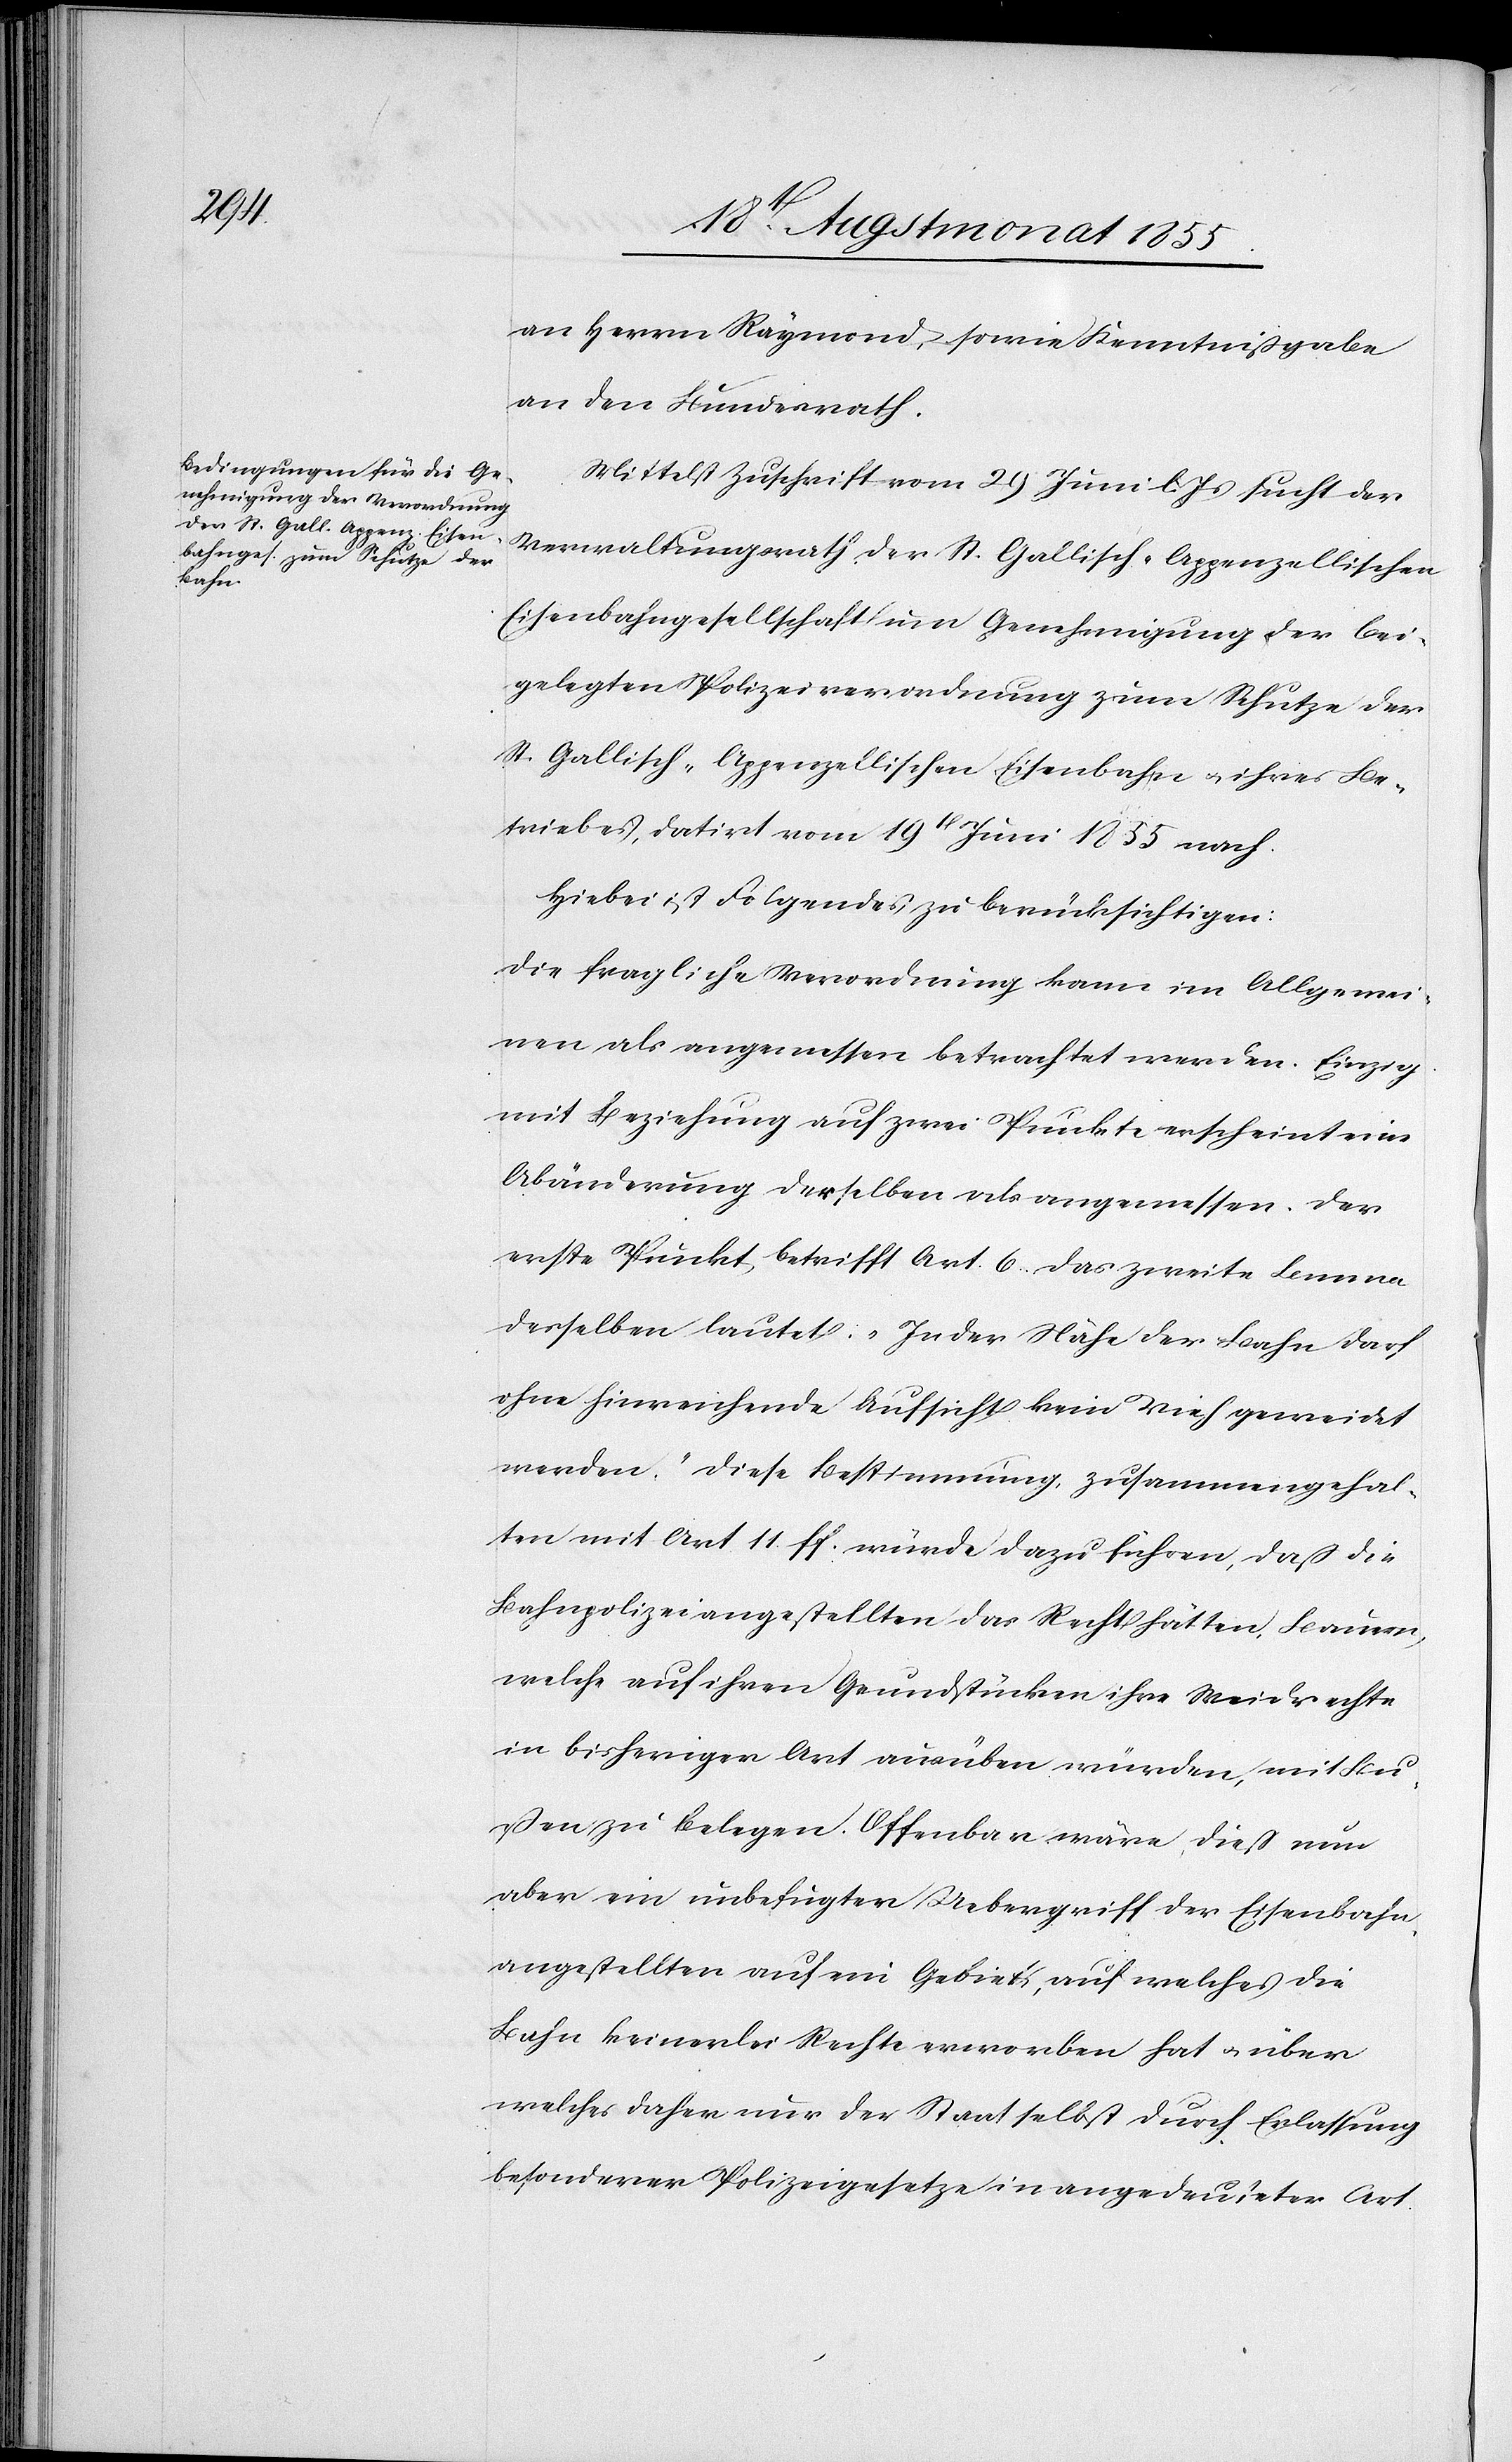
an Herrn Raymond, sowie Kenntnißgabe
an den Bundesrath.
Mittelst Zuschrift vom 29 Juni l. Js sucht der
Verwaltungsrath der St. Gallisch-Appenzellischen
Eisenbahngesellschaft um Genehmigung der bei¬
gelegten Polizeiverordnung zum Schutze der
St. Gallisch-Appenzellischen Eisenbahn & ihres Be¬
triebes, datirt vom 19t Juni 1855 nach.
Hiebei ist Folgendes zu berücksichtigen:
Die fragliche Verordnung kann im Allgemei¬
nen als angemessen betrachtet werden. Einzig
mit Beziehung auf zwei Punkte erscheint eine
Abänderung derselben als angemessen. Der
erste Punkt betrifft Art. 6. Das zweite Lemma
desselben lautet: „In der Nähe der Bahn darf
ohne hinreichende Aufsicht kein Vieh geweidet
werden.“ Diese Bestimmung, zusammengehal¬
ten mit Art 11. ff. würde dazu führen, daß die
Bahnpolizeiangestellten das Recht hätten, Bauern,
welche auf ihren Grundstücken ihre Weidrechte
in bisheriger Art ausüben würden, mit Bu¬
ßen zu belegen. Offenbar wäre dieß nun
aber ein unbefugter Uebergriff der Eisenbahn¬
angestellten auf ein Gebiet, auf welches die
Bahn keinerlei Rechte erworben hat & über
welches daher nur der Staat selbst durch Erlassung
besonderer Polizeigesetze in angedeuteter Art